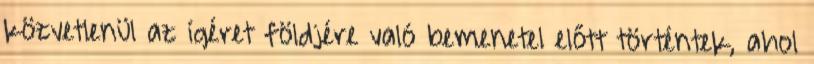
közvetlenül az ígéret földjére való bemenetel előtt történtek, ahol